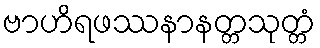
ဗာဟိရဖဿနာနတ္တသုတ္တံ